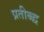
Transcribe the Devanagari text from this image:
प्रतीब्द्ध